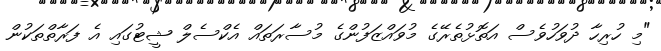
"މި ހުރިހާ ދުވަހުވެސް އަތޮޅުތެރޭގެ މުވައްޒަފުންގެ މުސާރަތައް އެކްސެލް ޝީޓުގައި އެ ފަރާތްތަކުން